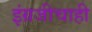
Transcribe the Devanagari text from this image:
इंग्रजीचाही